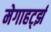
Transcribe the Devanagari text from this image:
मेगाहर्ट्झ